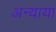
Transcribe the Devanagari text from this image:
अन्याया